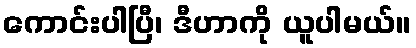
ကောင်းပါပြီ၊ ဒီဟာကို ယူပါမယ်။